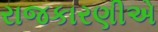
રાજકારણીએ